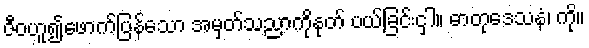
ဇီဝဟူ၍ဖောက်ပြန်သော အမှတ်သညာကိုနုတ် ပယ်ခြင်းငှါ။ ဓာတုဒေသနံ၊ ကို။